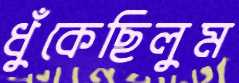
ধুঁকেছিলুম